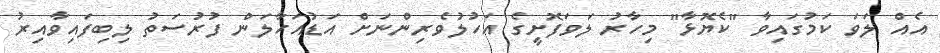
އެއް ލަވަ ކަމުގައިވާ "ކެޔޮޅާ" މިހާރު ލަވަފޮށީގެ އަހުލުވެރިންނަށް އަޑުއަހާލަން ފުރުސަތު ލިބިފައިވާއިރު